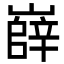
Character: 嶭